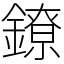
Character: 鐐